Some observations on the poison of Russell's viper (Daboia russellii) - Number 3
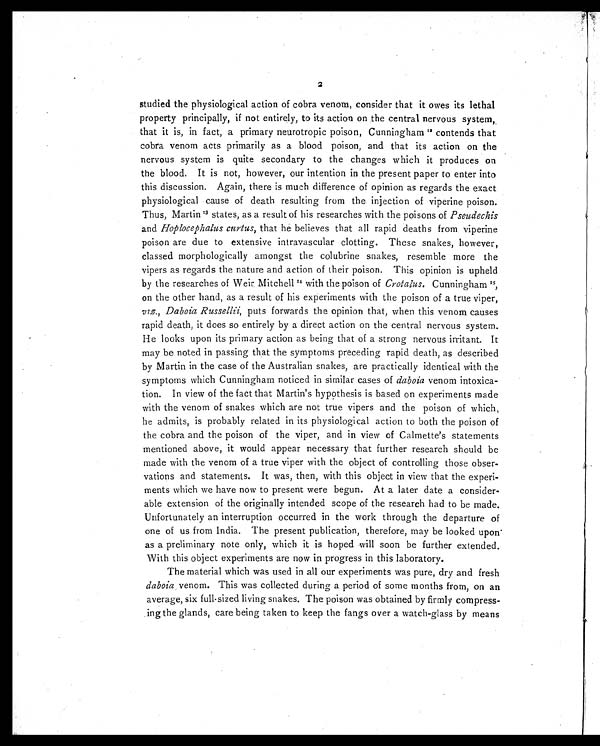
2
studied the physiological action of cobra venom, consider that it owes its lethal
property principally, if not entirely, to its action on the central nervous system,.
that it is, in fact, a primary neurotropic poison, Cunningham 1 2
c o n t e n d s t h a t
cobra venom acts primarily as a blood poison, and that its action on the
nervous system is quite secondary to the changes which it produces on
the blood. It is not, however, our intention in the present paper to enter into
this discussion. Again, there is much difference of opinion as regards the exact
physiological cause of death resulting from the injection of viperine poison.
Thus, Martin13 states, as a result of his researches with the poisons of Pseudechis
and Hoplocephalus curtus, that he believes that all rapid deaths from viperine
poison are due to extensive intravascular clotting. These snakes, however,
classed morphologically amongst the colubrine snakes, resemble more the
vipers as regards the nature and action of their poison. This opinion is upheld
by the researches of Weir. Mitchell 14 with the poison of Crotalus. Cunningham15,
on the other hand, as a result of his experiments with the poison of a true viper,
viz., Daboia Russellii, puts forwards the opinion that, when this venom causes
rapid death, it does so entirely by a direct action on the central nervous system.
He looks upon its primary action as being that of a strong nervous irritant. It
may be noted in passing that the symptoms preceding rapid death, as described
by Martin in the case of the Australian snakes, are practically identical with the
symptoms which Cunningham noticed in similar cases of daboia venom intoxica
-tion. In view of the fact that Martin's hypothesis is based on experiments made
with the venom of snakes which are not true vipers and the poison of which,
he admits, is probably related in its physiological action to both the poison of
the cobra and the poison of the viper, and in view of Calmette's statements
mentioned above, it would appear necessary that further research should be
made with the venom of a true viper with the object of controlling those obser
-vations and statements. It was, then, with this object in view that the experi
-ments which we have now to present were begun. At a later date a consider
-able extension of the originally intended scope of the research had to be made.
Unfortunately an interruption occurred in the work through the departure of
one of us from India. The present publication, therefore, may be looked upon'
as a preliminary note only, which it is hoped will soon be further extended.
With this object experiments are now in progress in this laboratory.
The material which was used in all our experiments was pure, dry and fresh
daboia venom. This was collected during a period of some months from, on an
average, six full sized living snakes. The poison was obtained by firmly compress
- i n g t h e g l a n d s , c a r e b e i n g t a k e n t o k e e p t h e f a n g s o v e r a w a t c h - g l a s s b y m e a n s